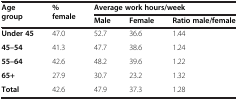
| <ROWSPAN=2> Age group | <ROWSPAN=2> % female | <COLSPAN=3> Average work hours/week |
 | Male | Female | Ratio male/female |
 | --- | --- | --- | --- | --- |
 | Under 45 | 47.0 | 52.7 | 36.6 | 1.44 |
 | 45–54 | 41.3 | 47.7 | 38.6 | 1.24 |
 | 55–64 | 42.6 | 48.2 | 39.6 | 1.22 |
 | 65+ | 27.9 | 30.7 | 23.2 | 1.32 |
 | Total | 42.6 | 47.9 | 37.3 | 1.28 |